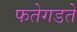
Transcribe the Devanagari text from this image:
फतेगडते